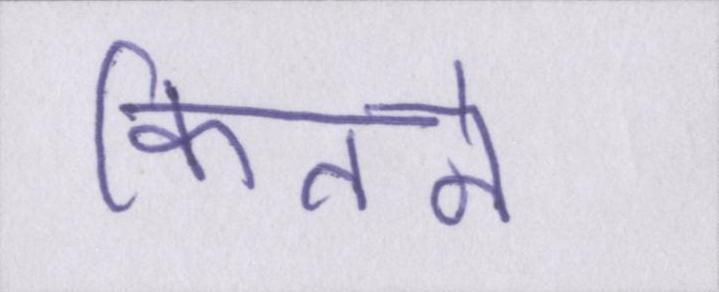
कितने